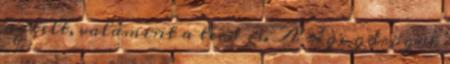
az telt, valamint a térd is. A régi görögök